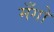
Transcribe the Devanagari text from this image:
मँगो